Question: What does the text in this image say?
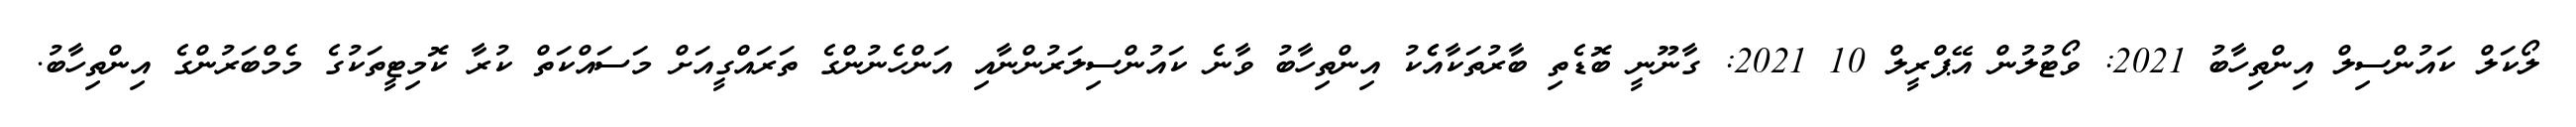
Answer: ލޯކަލް ކައުންސިލް އިންތިހާބު 2021: ވޯޓުލުން އޭޕްރީލް 10 2021: ގާނޫނީ ބޮޑެތި ބާރުތަކާއެެކު އިންތިހާބު ވާނެ ކައުންސިލަރުންނާއި އަންހެނުންގެ ތަރައްގީއަށް މަސައްކަތް ކުރާ ކޮމިޓީތަކުގެ މެމްބަރުންގެ އިންތިހާބު.